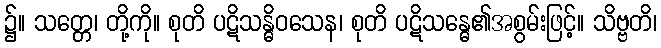
၌။ သတ္တေ၊ တို့ကို။ စုတိ ပဋိသန္ဓိဝသေန၊ စုတိ ပဋိသန္ဓေ၏အစွမ်းဖြင့်။ သိဗ္ဗတိ၊